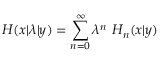
H ( x | \lambda | y ) = \sum _ { n = 0 } ^ { \infty } \lambda ^ { n } \ H _ { n } ( x | y )